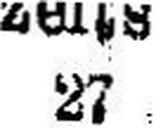
27